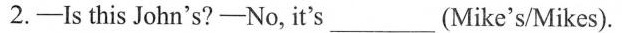
2.-Is this John's?-No, it's ___ (Mike's/Mikes).